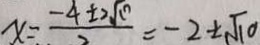
x = \frac { - 4 \pm 2 \sqrt { 0 } } { 2 } = - 2 \pm \sqrt { 1 0 }